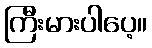
ကြီးမားပါပေ့။